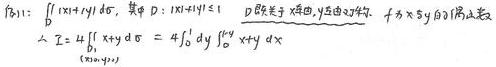
$I=\iint_{D}(x+xy)\mathrm{d}\sigma$，其中$D:x^{2}+y^{2}\leqslant 1$，$D$关于$x$轴、$y$轴均对称。在$x\geqslant 0,y\geqslant 0$的部分，
$\therefore I = 4\iint_{D_{1}}(x+xy)\mathrm{d}\sigma=4\int_{0}^{1}\mathrm{d}y\int_{0}^{\sqrt{1 - y^{2}}}(x+xy)\mathrm{d}x$